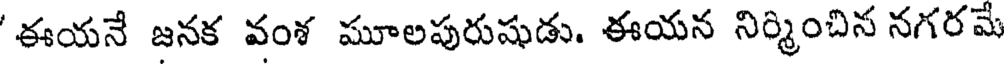
'ఈయనే జనక వంశ మూలపురుషుడు. ఈయన నిర్మించిన నగరమే